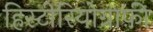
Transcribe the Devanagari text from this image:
हिस्टीरियोग्राफ़ी